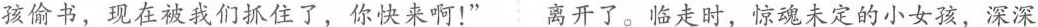
孩偷书，现在被我们抓住了，你快来啊！”离开了。临走时，惊魂未定的小女孩，深深